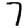
Digit: 7